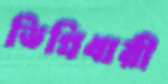
ডিগ্রিধারী